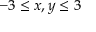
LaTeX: - 3 \leq x , y \leq 3